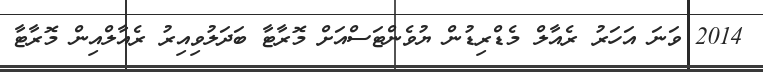
2014 ވަނަ އަހަރު ރެއާލް މެޑްރިޑުން ޔުވެންޓަސްއަށް މޮރާޓާ ބަދަލުވިއިރު ރެއާލްއިން މޮރާޓާ